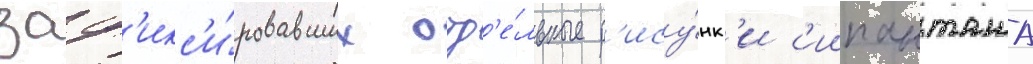
заф'икс'и́ровавших отд'е́льные р'ису́нк'и с'иипанташа